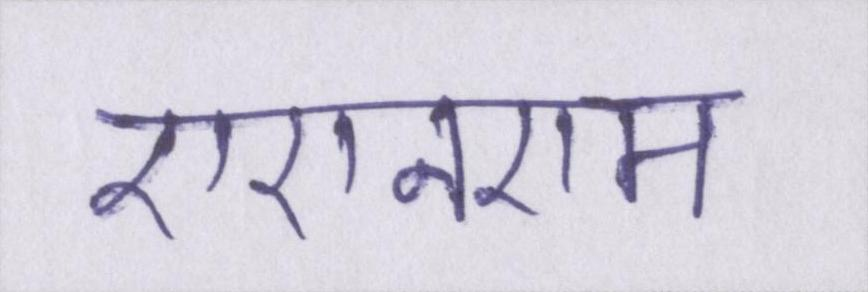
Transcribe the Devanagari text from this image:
एएनएम